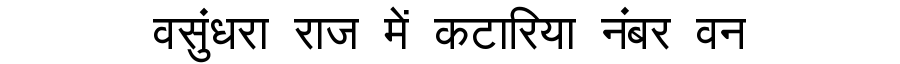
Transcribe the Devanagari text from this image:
वसुंधरा राज में कटारिया नंबर वन